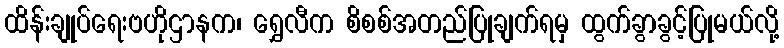
ထိန်းချုပ်ရေးဗဟိုဌာနက၊ ရွှေလီက စိစစ်အတည်ပြုချက်ရမှ ထွက်ခွာခွင့်ပြုမယ်လို့